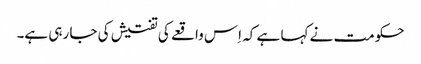
حکومت نے کہا ہے کہ اِس واقعے کی تفتیش کی جا رہی ہے۔